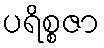
ပရိစ္စဇာ